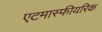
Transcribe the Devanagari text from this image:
एटमास्फीयरिक